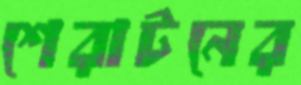
শেরাটনের